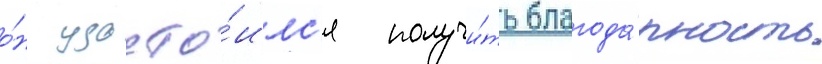
о́н удосто́илс'я получи́ть благода́рность